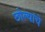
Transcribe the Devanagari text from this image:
छोल्यांचे